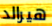
هيرالد